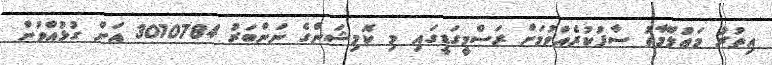
އިތުރު މަޢުލޫމާތު ސާފުކުރެއްވުމަށް ރަސްމީގަޑީގައި މި ކޮމިޝަންގެ ނަންބަރު 3010784 އަށް ގުޅުއްވުން